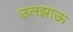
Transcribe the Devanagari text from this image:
उलझाऊ